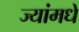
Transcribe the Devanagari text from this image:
ज्यांमधे